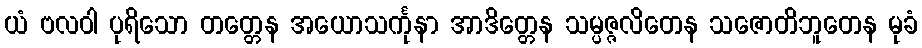
ယံ ဗလဝါ ပုရိသော တတ္တေန အယောသင်္ကုနာ အာဒိတ္တေန သမ္ပဇ္ဇလိတေန သဇောတိဘူတေန မုခံ